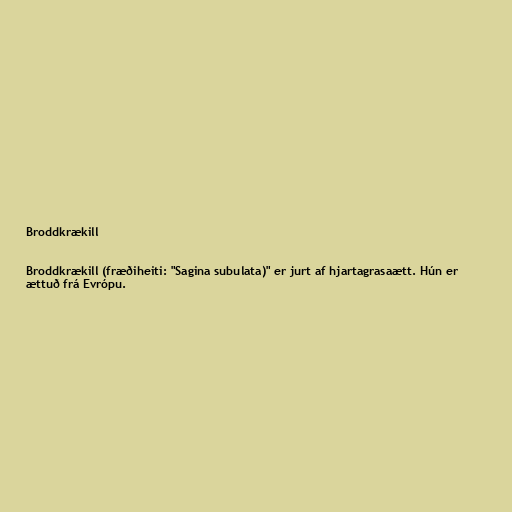
Broddkrækill

Broddkrækill (fræðiheiti: "Sagina subulata)" er jurt af hjartagrasaætt. Hún er
ættuð frá Evrópu.